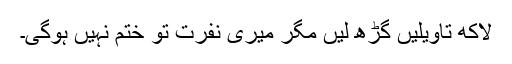
لاکھ تاویلیں گڑھ لیں مگر میری نفرت تو ختم نہیں ہوگی۔